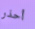
أحذر